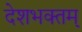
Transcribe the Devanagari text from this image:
देशभक्तम्